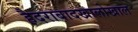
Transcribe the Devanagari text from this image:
हैदराबादखालोखाल